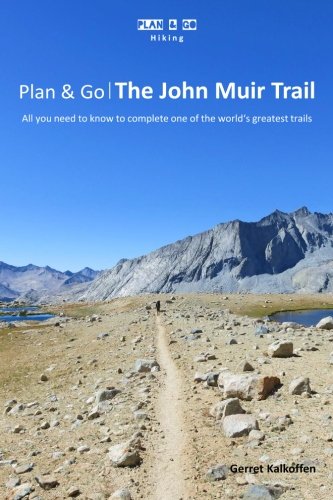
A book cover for Plan & Go: The John Muir Trail- All You Need to Know to Complete One of the World's Greatest Trails; Gerret Kalkoffen; Health, Fitness & Dieting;